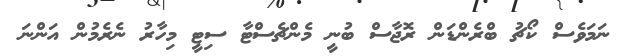
ނަމަވެސް ކޯޗު ބްރެންޑަން ރޮޖާސް ބުނީ މެންޗެސްޓާ ސިޓީ މިހާރު ނެރެމުން އަންނަ